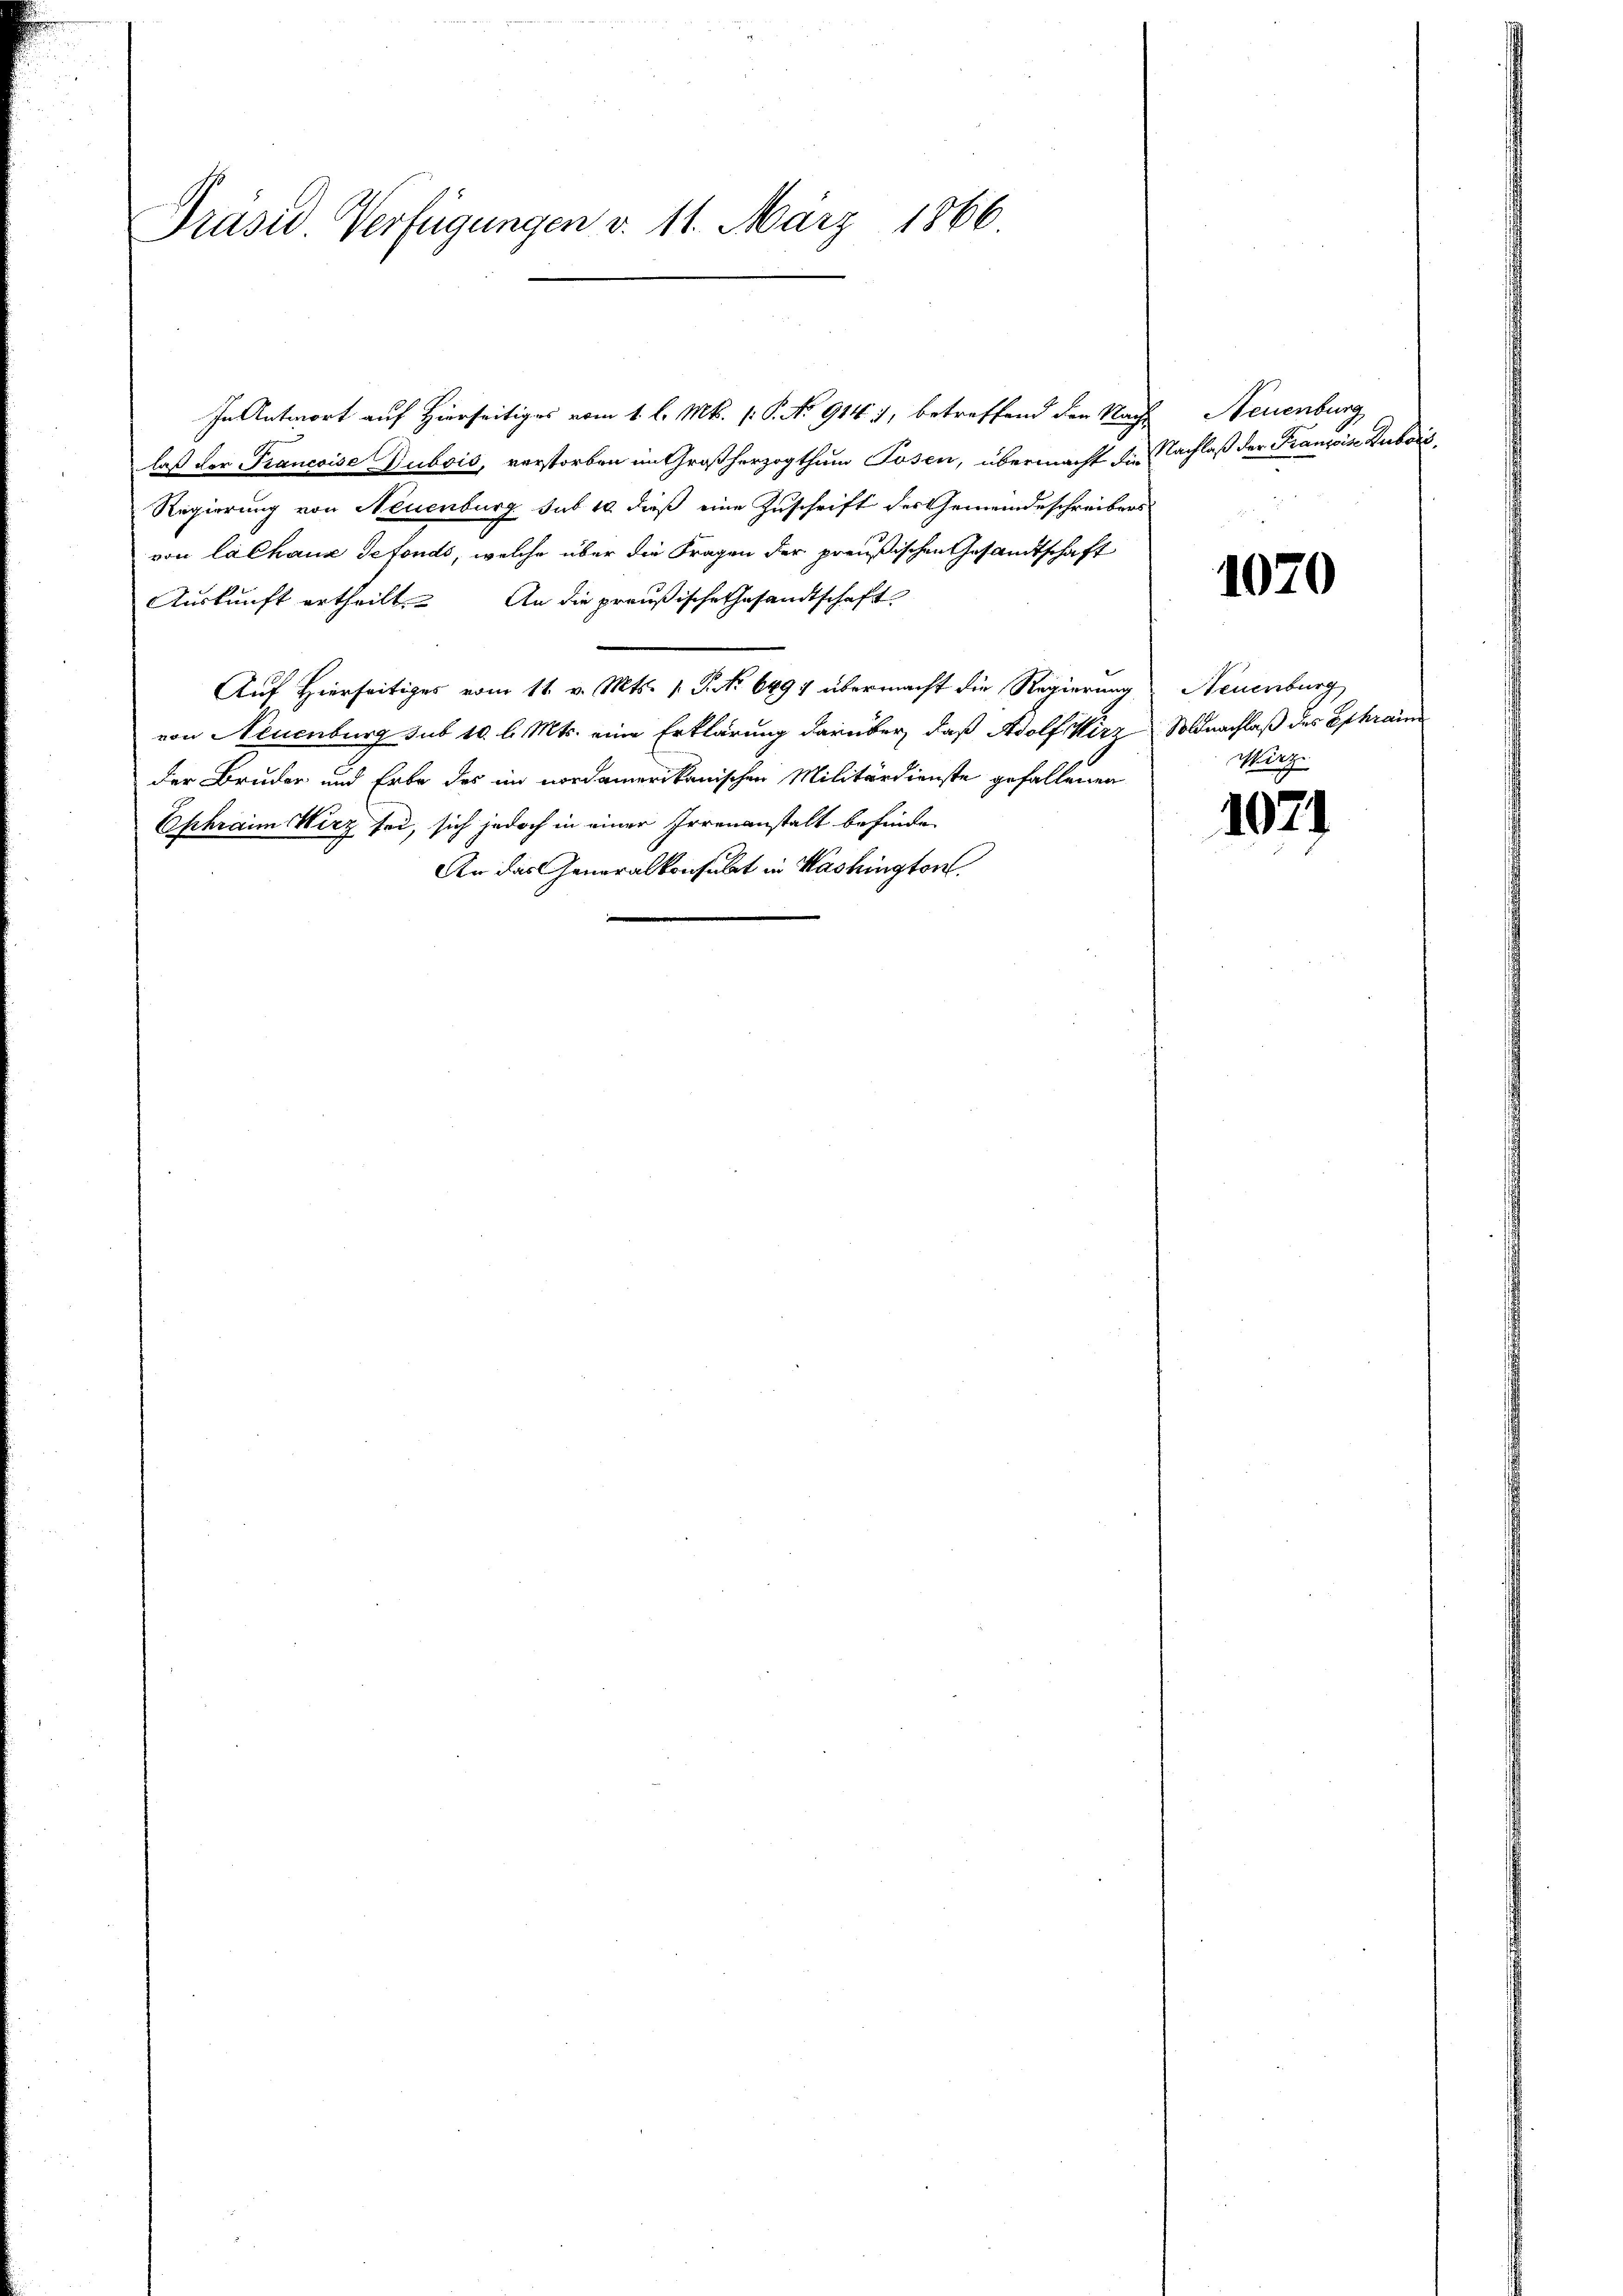
Präsid. Verfügungen v. 11. März 1866.

In Antwort auf Hierseitiges vom 1. l. Mts. (: P. No 914), betreffend den Nach-
laß der Francoise Zubois, verstorben im Großherzogthum Posen, übermacht die
Regierung von Neuenburg sub 10 dieß eine Zuschrift des Gemeindeschreibers
von lalhaus defonds, welche über die Fragen der preußischen Gesandtschaft
Auskunft ertheilt. An die preußische Gesandtschaft
Auf Hierseitiges vom 11. v. Mts. v. P. Nr. 6491 übermacht die Regierung Neuenburg
von Neuenburg sub 10 l. Mts. eine Erklärung darüber, daß Adolf Wirz Soldnachlaß des Ephrain
der Bruder und Erbe des im nordamerikanischen Militärdienste gefallenen
Ephrain Wirz sei, sich jedoch in einer Irrenanstalt befinden
An das Generalkonsulat in Washington

Neuenburg
Nachlaß der Franzoise Zubois,

1070

Wirz

1021